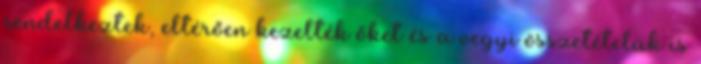
rendelkeztek, eltérően kezelték őket és a vegyi összetételük is